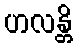
ဟလန္တိ